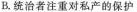
B.统治者注重对私产的保护